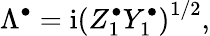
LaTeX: \Lambda^{\bullet}=\mathrm{i}\left(Z_{1}^{\bullet}Y_{1}^{\bullet}\right)^{1/2},